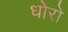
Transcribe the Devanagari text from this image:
धोरो